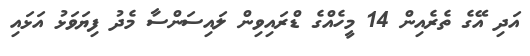
އަދި އޭގެ ތެރެއިން 14 މީހެއްގެ ޑްރައިވިން ލައިސަންސާ މެދު ފިޔަވަޅު އަޅައި